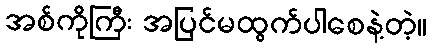
အစ်ကိုကြီး အပြင်မထွက်ပါစေနဲ့တဲ့။